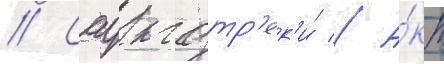
// Саундтр'ек'и́ // А́кт